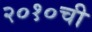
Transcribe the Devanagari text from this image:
२०१०ची